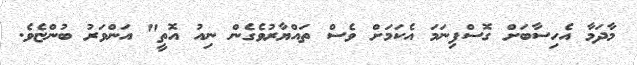
މާދަމާ އެހިސާބަށް ގޮސްފިނަމަ އެކަމަށް ވެސް ތައްޔާރުވެގެން ނިއު އޮތީ" އަންވަރު ބުންޏެވެ.